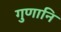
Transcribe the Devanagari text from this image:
गुणानि